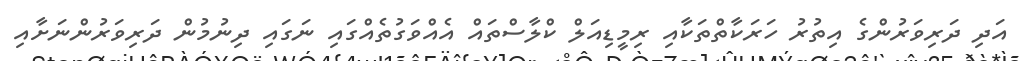
އަދި ދަރިވަރުންގެ އިތުރު ހަރަކާތްތަކާއި ރިމީޑިއަލް ކްލާސްތައް އެއްވަގުތެއްގައި ނަގައި ދިނުމުން ދަރިވަރުންނަށާއި